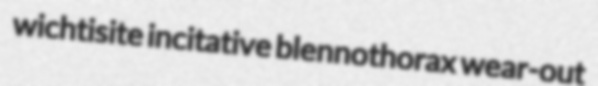
wichtisite incitative blennothorax wear-out